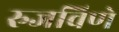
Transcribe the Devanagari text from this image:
रुजविणे